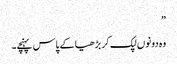
”
وہ دونوں لپک کر بڑھیا کے پاس پہنچے۔